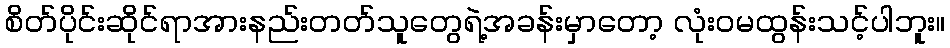
စိတ်ပိုင်းဆိုင်ရာအားနည်းတတ်သူတွေရဲ့အခန်းမှာတော့ လုံးဝမထွန်းသင့်ပါဘူး။